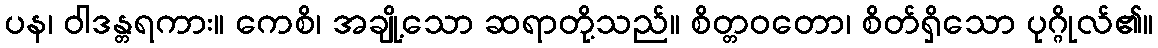
ပန၊ ဝါဒန္တရကား။ ကေစိ၊ အချို့သော ဆရာတို့သည်။ စိတ္တဝတော၊ စိတ်ရှိသော ပုဂ္ဂိုလ်၏။